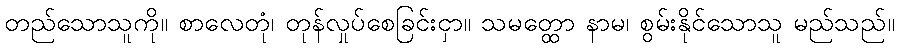
တည်သောသူကို။ စာလေတုံ၊ တုန်လှုပ်စေခြင်းငှာ။ သမတ္ထော နာမ၊ စွမ်းနိုင်သောသူ မည်သည်။